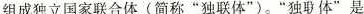
组成独立国家联合体(简称”独联体”)。”独联体” 是